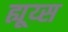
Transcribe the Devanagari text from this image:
ह्यूय्स